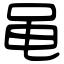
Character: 黾